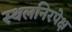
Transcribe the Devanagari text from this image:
स्थलनिरपेक्ष